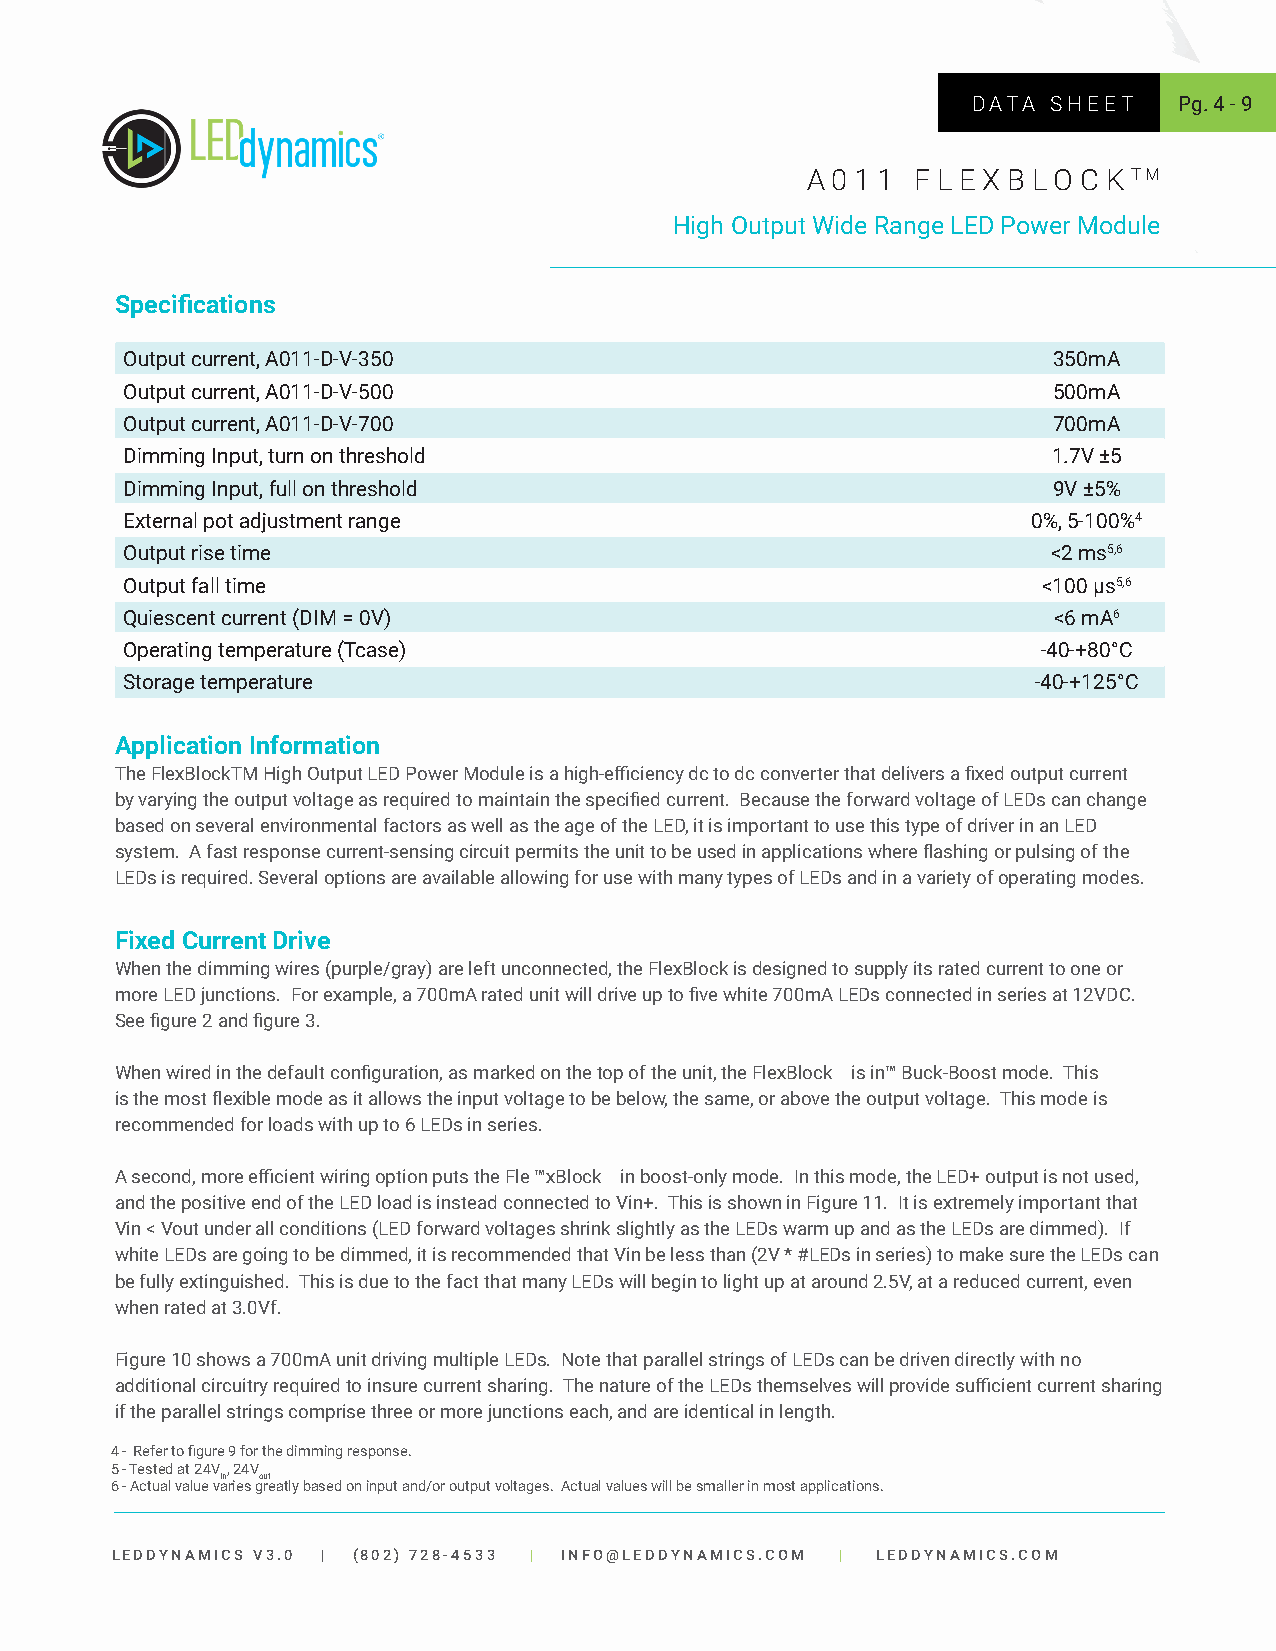
DATA  SHEET   Pg. 4 - 9
 A 0 1 1 F L E X B LO C K TM
 High Output Wide Range LED Power Module
 Specifications
 Output current, A011-D-V-350                                  350mA
 Output current, A011-D-V-500                                  500mA
 Output current, A011-D-V-700                                  700mA
 Dimming Input, turn on threshold                              1.7V ±5
 Dimming Input, full on threshold                              9V ±5%
 External pot adjustment range                               0%, 5-100%4
 Output rise time                                              <2 ms5,6
 Output fall time                                             <100 µs5,6
 Quiescent current (DIM = 0V)                                  <6 mA6
 Operating temperature (Tcase)                                -40-+80°C
 Storage temperature                                          -40-+125°C
 Application Information
 The FlexBlockTM High Output LED Power Module is a high-efficiency dc to dc converter that delivers a fixed output current
 by varying the output voltage as required to maintain the specified current. Because the forward voltage of LEDs can change
 based on several environmental factors as well as the age of the LED, it is important to use this type of driver in an LED
 system. A fast response current-sensing circuit permits the unit to be used in applications where flashing or pulsing of the
 LEDs is required. Several options are available allowing for use with many types of LEDs and in a variety of operating modes.
 Fixed Current Drive
 When the dimming wires (purple/gray) are left unconnected, the FlexBlock is designed to supply its rated current to one or
 more LED junctions. For example, a 700mA rated unit will drive up to five white 700mA LEDs connected in series at 12VDC.
 See figure 2 and figure 3.
 When wired in the default configuration, as marked on the top of the unit, the FlexBlock is in™ Buck-Boost mode. This
 is the most flexible mode as it allows the input voltage to be below, the same, or above the output voltage. This mode is
 recommended for loads with up to 6 LEDs in series.
 A second, more efficient wiring option puts the Fle ™xBlock in boost-only mode. In this mode, the LED+ output is not used,
 and the positive end of the LED load is instead connected to Vin+. This is shown in Figure 11. It is extremely important that
 Vin < Vout under all conditions (LED forward voltages shrink slightly as the LEDs warm up and as the LEDs are dimmed). If
 white LEDs are going to be dimmed, it is recommended that Vin be less than (2V * #LEDs in series) to make sure the LEDs can
 be fully extinguished. This is due to the fact that many LEDs will begin to light up at around 2.5V, at a reduced current, even
 when rated at 3.0Vf.
 Figure 10 shows a 700mA unit driving multiple LEDs. Note that parallel strings of LEDs can be driven directly with no
 additional circuitry required to insure current sharing. The nature of the LEDs themselves will provide sufficient current sharing
 if the parallel strings comprise three or more junctions each, and are identical in length.
 4 - Refer to figure 9 for the dimming response.
 5 - Tested at 24V , 24V
 in out
 6 - Actual value varies greatly based on input and/or output voltages. Actual values will be smaller in most applications.
 LEDDYNAMICS V3.0 | (802) 728-4533 | INFO@LEDDYNAMICS.COM | LEDDYNAMICS.COM